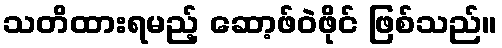
သတိထားရမည့် ဆော့ဖ်ဝဲဖိုင် ဖြစ်သည်။